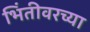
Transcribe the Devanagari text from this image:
भिंतीवरच्या